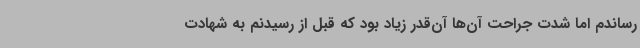
رساندم اما شدت جراحت آن‌ها آن‌قدر زیاد بود که قبل از رسیدنم به شهادت